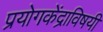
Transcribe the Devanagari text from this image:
प्रयोगकेंद्राविषयी